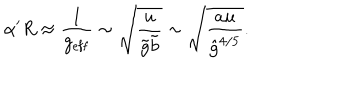
LaTeX: \alpha ^ { \prime } R \approx \frac { 1 } { g _ { \mathrm { e f f } } } \sim \sqrt { \frac { u } { \tilde { g } \tilde { b } } } \sim \sqrt { \frac { a u } { { \hat { g } } ^ { 4 / 5 } } } .